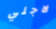
لاجلي